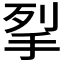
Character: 𭠧